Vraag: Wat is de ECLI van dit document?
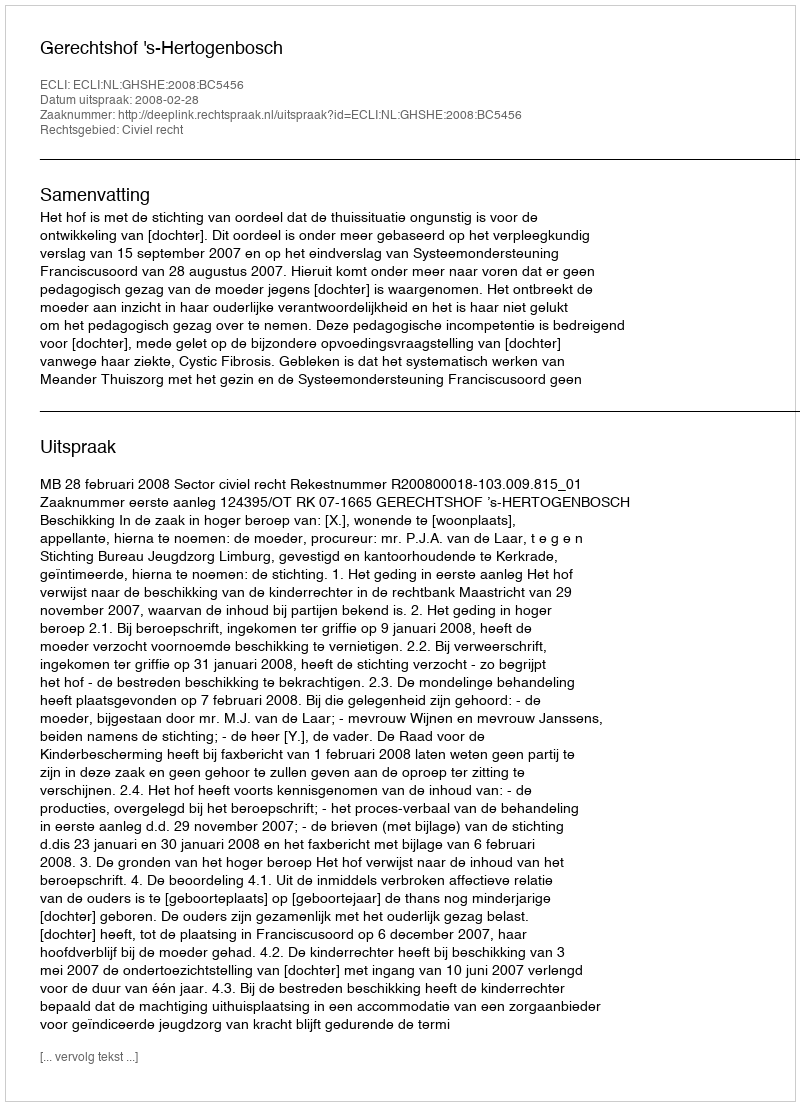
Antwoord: ECLI:NL:GHSHE:2008:BC5456